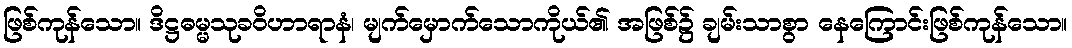
ဖြစ်ကုန်သော။ ဒိဋ္ဌဓမ္မသုခဝိဟာရာနံ၊ မျက်မှောက်သောကိုယ်၏ အဖြစ်၌ ချမ်းသာစွာ နေကြောင်းဖြစ်ကုန်သော။